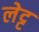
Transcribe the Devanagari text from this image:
लेट्ट